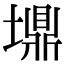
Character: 䵺